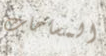
المساحات